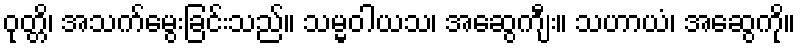
ဝုတ္တိ၊ အသက်မွေးခြင်းသည်။ သမ္မဝါယသ၊ အဆွေကျီး။ သဟာယံ၊ အဆွေကို။